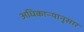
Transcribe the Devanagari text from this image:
अधिकाऱ्यानुसार